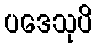
ပဒေသုပိ